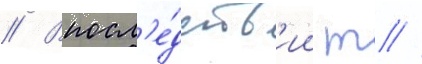
// Впосл'е́дств'ии т //